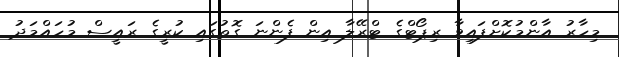
މިހާރު އާންމުކޮށްފައިވާ ރިޕޯޓްގެ ޓްރޭލާ އިން ފެންނަ ގޮތުގައި ކުރީގެ ރައީސް މުހައްމަދު